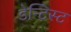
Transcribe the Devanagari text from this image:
डेन्टिस्ट